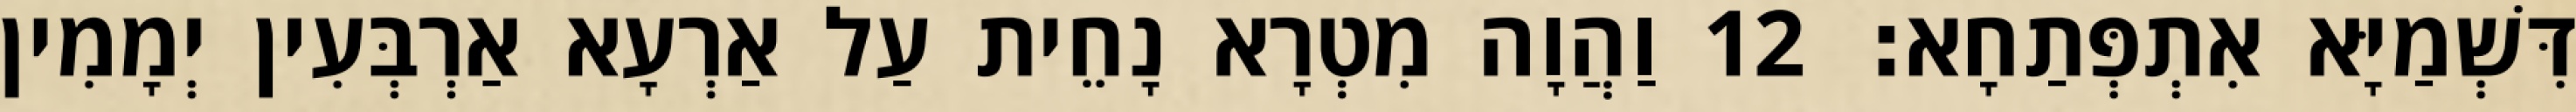
דִּשְׁמַיָּא אִתְפְּתַחָא׃ 12 וַהֲוָה מִטְרָא נָחֵית עַל אַרְעָא אַרְבְּעִין יְמָמִין